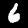
Digit: 6